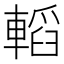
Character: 轁